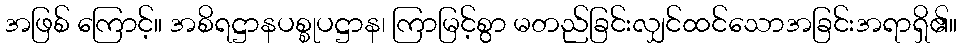
အဖြစ် ကြောင့်။ အစိရဋ္ဌာနပစ္စုပဋ္ဌာန၊ ကြာမြင့်စွာ မတည်ခြင်းလျှင်ထင်သောအခြင်းအရာရှိ၏။